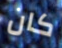
كان